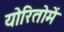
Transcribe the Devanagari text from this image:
योरितोमें